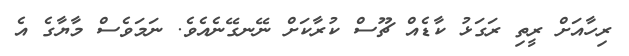
ރިހާއަށް ރީތި ރަގަޅު ކާޑެއް ޗޫސް ކުރާކަށް ނޭނގޭނެއެވެ. ނަމަވެސް މާޔާގެ އެ